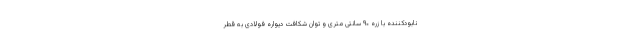
نابودکننده با زره ۹۰ سانتی متری و توان شکافت دیواره فولادی به قطر